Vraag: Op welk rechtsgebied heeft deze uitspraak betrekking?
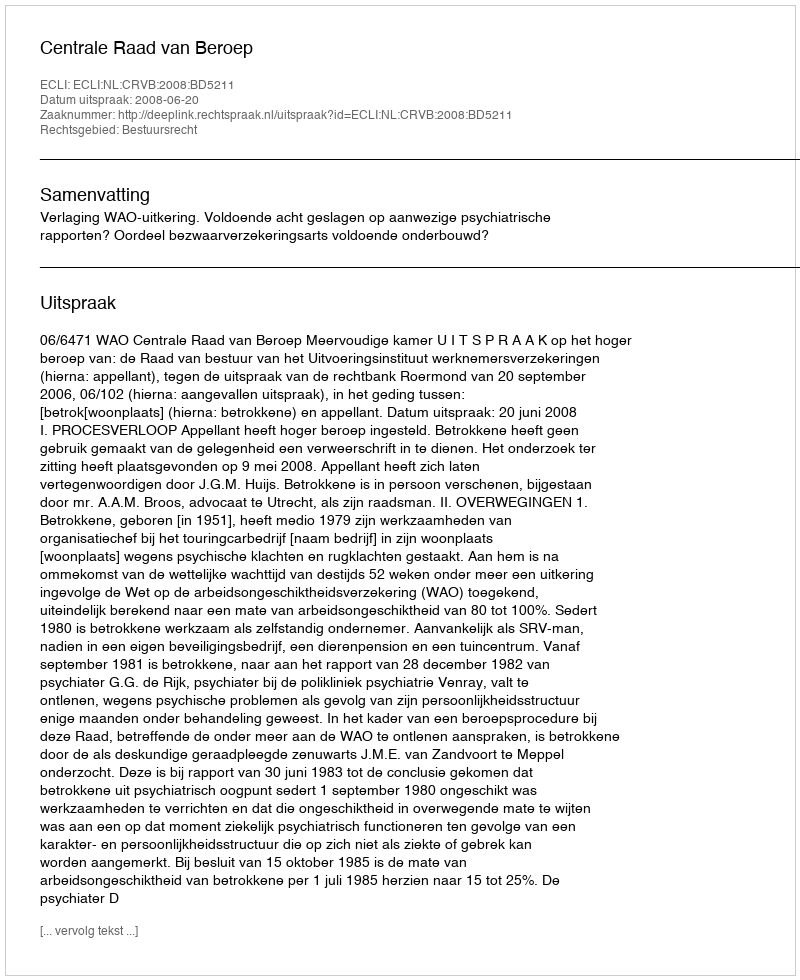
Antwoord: Bestuursrecht